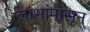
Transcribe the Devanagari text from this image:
लाभांपासून